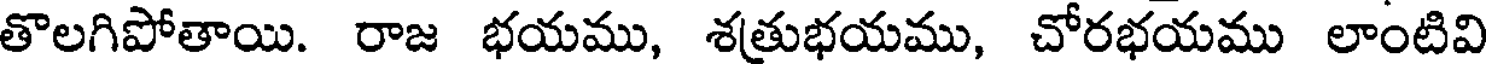
తొలగిపోతాయి. రాజ భయము, శత్రుభయము, చోరభయము లాంటివి